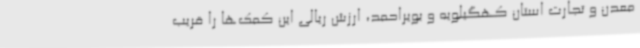
معدن و تجارت استان کهگیلویه و بویراحمد، ارزش ریالی این کمک‌ها را قریب